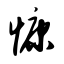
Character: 慷